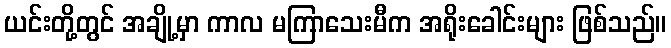
ယင်းတို့တွင် အချို့မှာ ကာလ မကြာသေးမီက အရိုးခေါင်းများ ဖြစ်သည်။